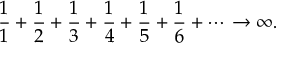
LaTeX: { \frac { 1 } { 1 } } + { \frac { 1 } { 2 } } + { \frac { 1 } { 3 } } + { \frac { 1 } { 4 } } + { \frac { 1 } { 5 } } + { \frac { 1 } { 6 } } + \cdots \rightarrow \infty .